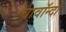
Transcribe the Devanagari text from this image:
चावॉन्दो